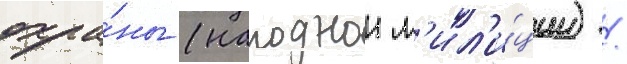
охра́ны (народнои м'ил'и́ции) /